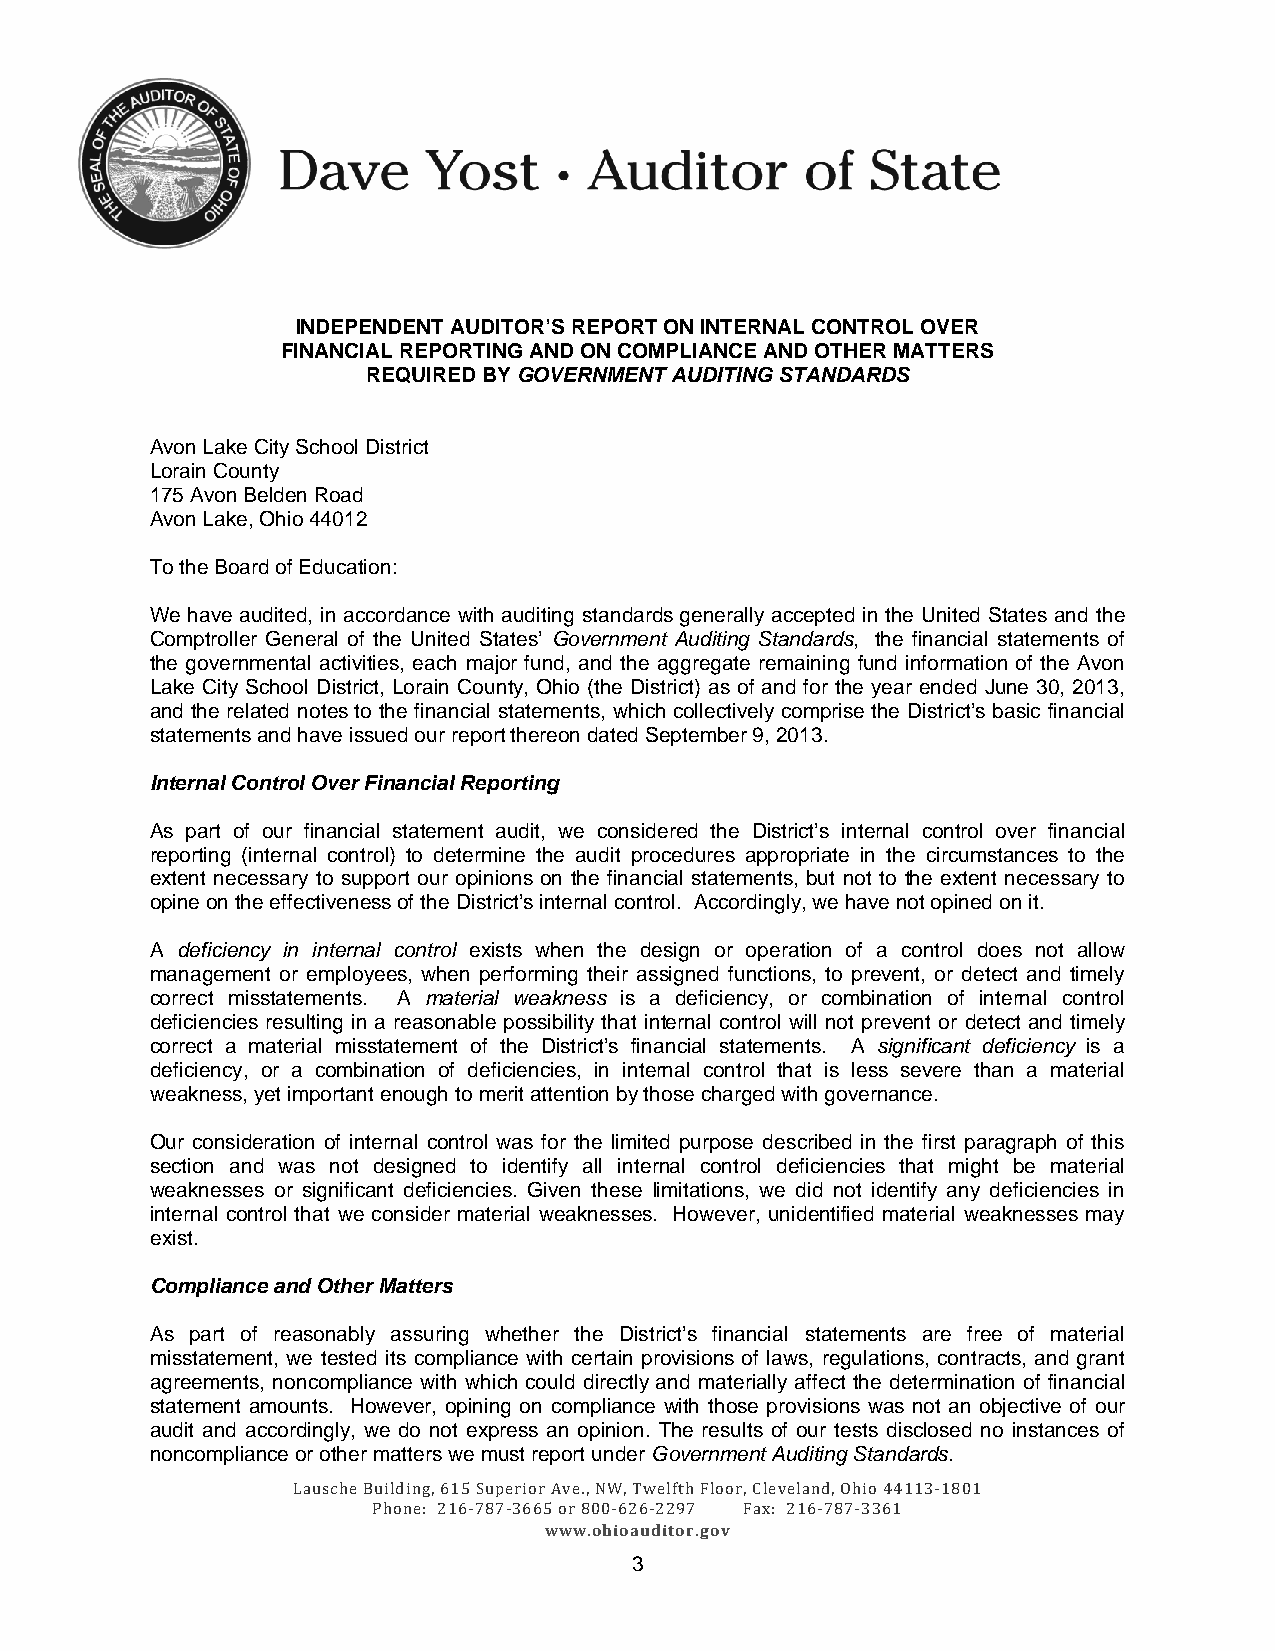
INDEPENDENT AUDITOR’S REPORT ON INTERNAL CONTROL OVER
 FINANCIAL REPORTING AND ON COMPLIANCE AND OTHER MATTERS
 REQUIRED BY GOVERNMENT AUDITING STANDARDS
 Avon Lake City School District
 Lorain County
 175 Avon Belden Road
 Avon Lake, Ohio 44012
 To the Board of Education:
 We have audited, in accordance with auditing standards generally accepted in the United States and the
 Comptroller General of the United States’ Government Auditing Standards, the financial statements of
 the governmental activities, each major fund, and the aggregate remaining fund information of the Avon
 Lake City School District, Lorain County, Ohio (the District) as of and for the year ended June 30, 2013,
 and the related notes to the financial statements, which collectively comprise the District’s basic financial
 statements and have issued our report thereon dated September 9, 2013.
 Internal Control Over Financial Reporting
 As part of our financial statement audit, we considered the District’s internal control over financial
 reporting (internal control) to determine the audit procedures appropriate in the circumstances to the
 extent necessary to support our opinions on the financial statements, but not to the extent necessary to
 opine on the effectiveness of the District’s internal control. Accordingly, we have not opined on it.
 A deficiency in internal control exists when the design or operation of a control does not allow
 management or employees, when performing their assigned functions, to prevent, or detect and timely
 correct misstatements. A material weakness is a deficiency, or combination of internal control
 deficiencies resulting in a reasonable possibility that internal control will not prevent or detect and timely
 correct a material misstatement of the District’s financial statements. A significant deficiency is a
 deficiency, or a combination of deficiencies, in internal control that is less severe than a material
 weakness, yet important enough to merit attention by those charged with governance.
 Our consideration of internal control was for the limited purpose described in the first paragraph of this
 section and was not designed to identify all internal control deficiencies that might be material
 weaknesses or significant deficiencies. Given these limitations, we did not identify any deficiencies in
 internal control that we consider material weaknesses. However, unidentified material weaknesses may
 exist.
 Compliance and Other Matters
 As part of reasonably assuring whether the District’s financial statements are free of material
 misstatement, we tested its compliance with certain provisions of laws, regulations, contracts, and grant
 agreements, noncompliance with which could directly and materially affect the determination of financial
 statement amounts. However, opining on compliance with those provisions was not an objective of our
 audit and accordingly, we do not express an opinion. The results of our tests disclosed no instances of
 noncompliance or other matters we must report under Government Auditing Standards.
 Lausche Building, 615 Superior Ave., NW, Twelfth Floor, Cleveland, Ohio 44113‐1801
 Phone: 216‐787‐3665 or 800‐626‐2297 Fax: 216‐787‐3361
 www.ohioauditor.gov
 3